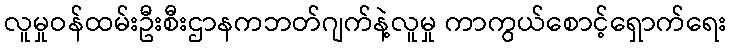
လူမှုဝန်ထမ်းဦးစီးဌာနကဘတ်ဂျက်နဲ့လူမှု ကာကွယ်စောင့်ရှောက်ရေး